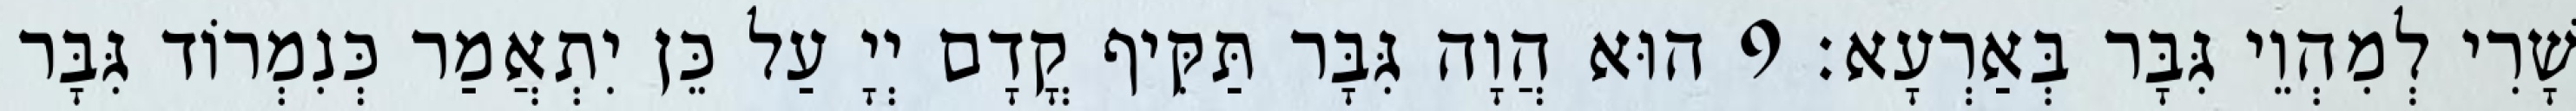
שָׁרִי לְמִהְוֵי גִּבָּר בְּאַרְעָא׃ 9 הוּא הֲוָה גִּבָּר תַּקִּיף קֳדָם יְיָ עַל כֵּן יִתְאֲמַר כְּנִמְרוֹד גִּבָּר